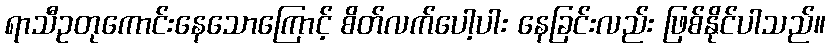
ရာသီဥတုကောင်းနေသောကြောင့် စိတ်လက်ပေါ့ပါး နေခြင်းလည်း ဖြစ်နိုင်ပါသည်။